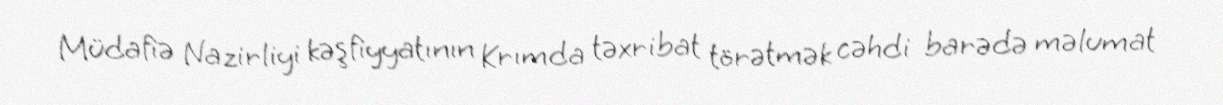
Müdafiə Nazirliyi kəşfiyyatının Krımda təxribat törətmək cəhdi barədə məlumat